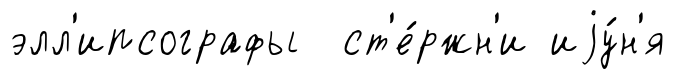
элл'ипсографы ст'е́ржн'и иjу́н'я